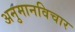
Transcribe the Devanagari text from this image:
अनुमानविचार